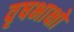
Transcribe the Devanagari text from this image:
वृषभाक्षो